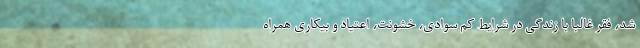
شد، فقر غالبا با زندگی در شرایط کم سوادی، خشونت، اعتیاد و بیکاری همراه